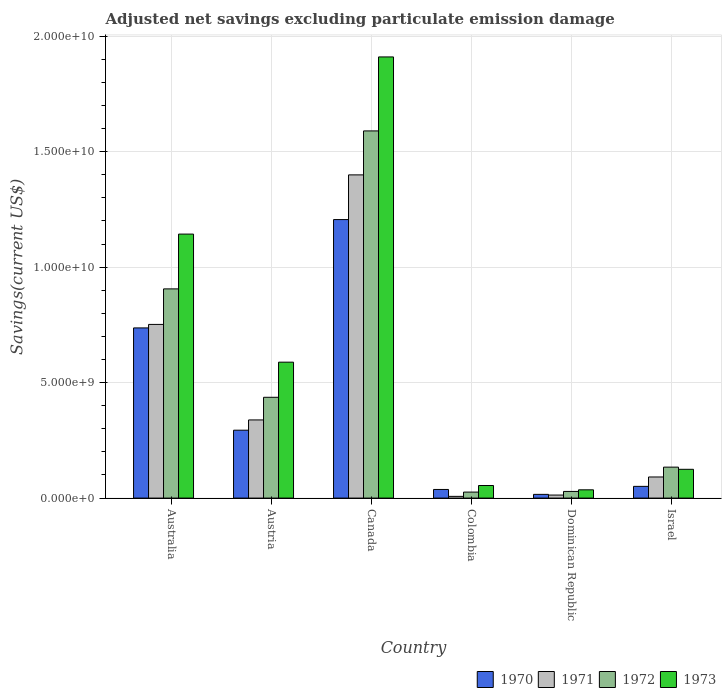
| Country | 1970 | 1971 | 1972 | 1973 |
 | --- | --- | --- | --- | --- |
 | Australia | 7.37e+09 | 7.52e+09 | 9.06e+09 | 1.14e+10 |
 | Austria | 2.94e+09 | 3.38e+09 | 4.37e+09 | 5.89e+09 |
 | Canada | 1.21e+10 | 1.4e+10 | 1.59e+10 | 1.91e+10 |
 | Colombia | 3.74e+08 | 7.46e+07 | 2.6e+08 | 5.45e+08 |
 | Dominican Republic | 1.61e+08 | 1.32e+08 | 2.89e+08 | 3.58e+08 |
 | Israel | 5.08e+08 | 9.14e+08 | 1.34e+09 | 1.25e+09 |